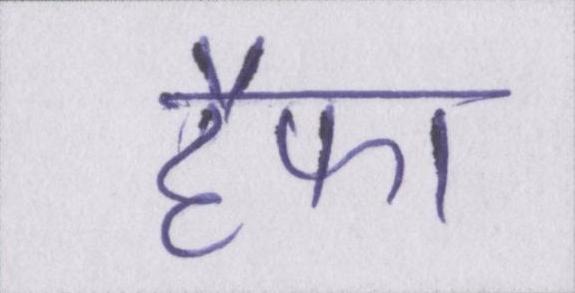
हैफा